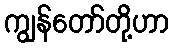
ကျွန်တော်တို့ဟာ